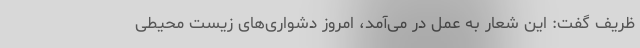
ظریف گفت: این شعار به عمل در می‌آمد، امروز دشواری‌های زیست محیطی